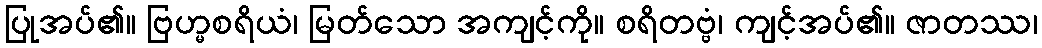
ပြုအပ်၏။ ဗြဟ္မစရိယံ၊ မြတ်သော အကျင့်ကို။ စရိတဗ္ဗံ၊ ကျင့်အပ်၏။ ဇာတဿ၊